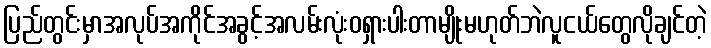
ပြည်တွင်းမှာအလုပ်အကိုင်အခွင့်အလမ်းလုံးဝရှားပါးတာမျိုးမဟုတ်ဘဲလူငယ်တွေလိုချင်တဲ့